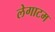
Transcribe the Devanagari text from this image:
लेगाटम